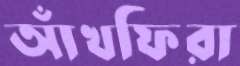
আঁখফিরা